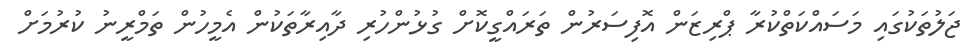
ޖަލުތަކުގައި މަސައްކަތްކުރާ ޕްރިޒަން އޮފިސަރުން ތަރައްގީކޮށް ގުޅުންހުރި ދާއިރާތަކުން އެމީހުން ތަމްރީނު ކުރުމަށް